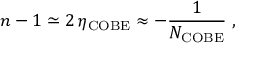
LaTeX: n - 1 \simeq 2 \, \eta _ { \mathrm { C O B E } } \approx - \frac { 1 } { N _ { \mathrm { C O B E } } } \; ,